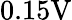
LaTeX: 0.15\mathrm{V}